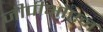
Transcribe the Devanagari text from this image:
जीपीओएन